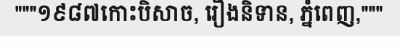
"""១៩៨៧កោះបិសាច, រឿងនិទាន, ភ្នំពេញ,"""